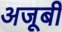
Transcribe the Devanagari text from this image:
अजूबी